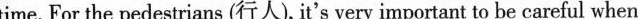
time. For the pedestrians (行人), it's very important to be careful when